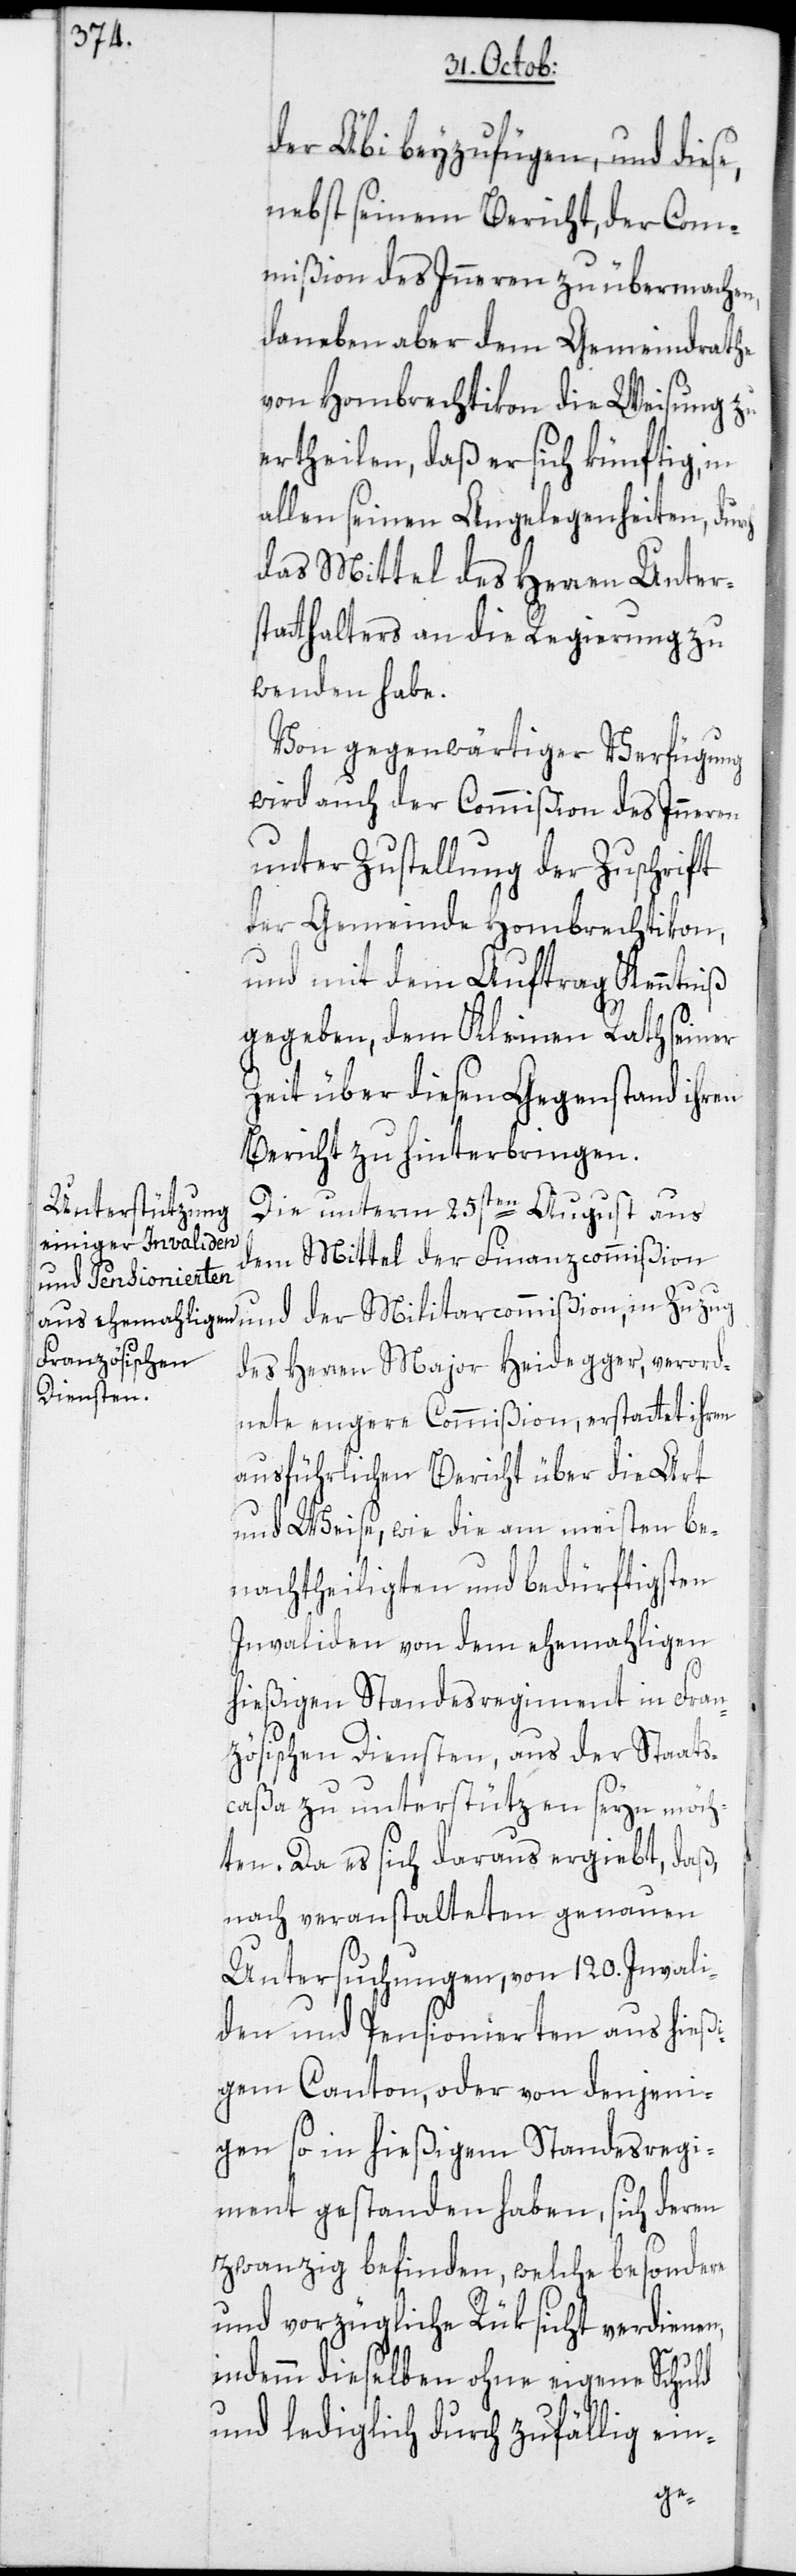
der Äbi beyzufügen, und diese,
nebst seinem Bericht, der Com¬
mißion des Inneren zu übermachen,
daneben aber dem Gemeindrathe
von Hombrechtikon die Weisung zu
ertheilen, daß er sich künftig in
allen seinen Angelegenheiten, dur¬
das Mittel des Herren Unter¬
statthalters an die Regierung zu
wenden habe.
Von gegenwärtiger Verfügung
wird auch der Commißion des Inneren
unter Zustellung der Zuschrift
der Gemeinde Hombrechtikon,
und mit dem Auftrag Kenntniß
gegeben, dem Kleinen Rath seiner
Zeit über diesen Gegenstand ihren
Bericht zu hinterbringen.
Die unterm 25sten August aus
dem Mittel der Finanzcommißion
des Herren Major Heidegger, verord¬
nete engere Commißion, erstattet ihren
ausführlichen Bericht über die Art
und Weise, wie die am meisten be¬
nachtheiligten und bedürftigsten
Invaliden von dem ehemahligen
hießigen Standesregiment in Fran¬
zösischen Diensten, aus der Staats¬
caßa zu unterstützen seyn möch¬
ten. Da es sich daraus ergiebt, daß,
nach veranstalteten genauen
Untersuchungen, von 120. Invali¬
den und Pensionierten aus hießi¬
gem Canton, oder von denjeni¬
gen so in hießigem Standesregi¬
ment gestanden haben, sich deren
zwanzig befinden, welche besondere
und vorzügliche Rüksicht verdienen,
indemm dieselben ohne eigene Schuld
und lediglich durch zufällig ein-
ch